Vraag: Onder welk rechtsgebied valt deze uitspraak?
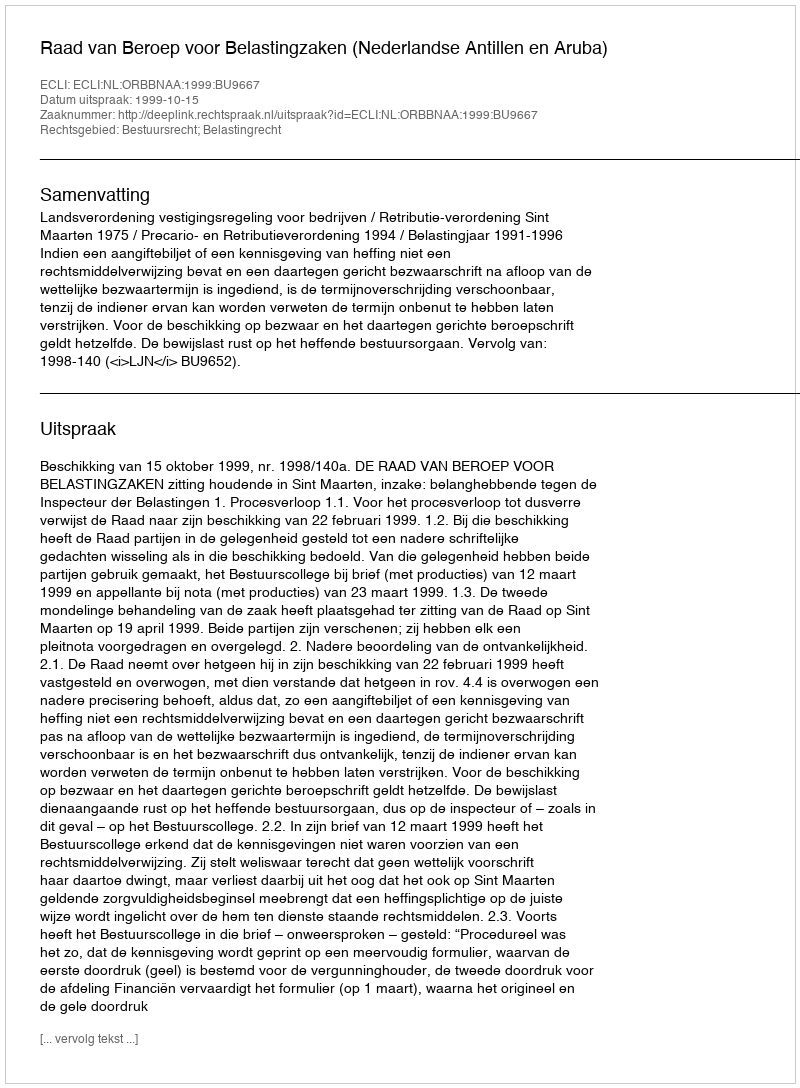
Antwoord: Bestuursrecht; Belastingrecht